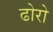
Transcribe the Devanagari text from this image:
ढोरो